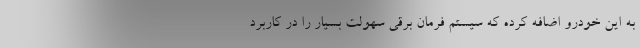
به این خودرو اضافه کرده که سیستم فرمان برقی سهولت بسیار را در کاربرد